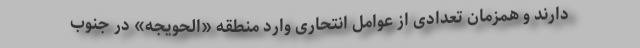
دارند و همزمان تعدادی از عوامل انتحاری وارد منطقه «الحویجه» در جنوب